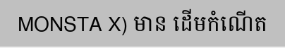
MONSTA X) មាន ដើមកំណើត